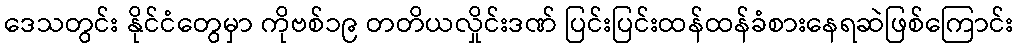
ဒေသတွင်း နိုင်ငံတွေမှာ ကိုဗစ်၁၉ တတိယလှိုင်းဒဏ် ပြင်းပြင်းထန်ထန်ခံစားနေရဆဲဖြစ်ကြောင်း